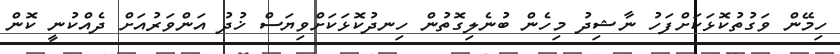
ހިމޭން ވަގުތުކޮޅަކަށްފަހު ނާޝިދު މިހެން ބުނެލިގޮތުން ހިނދުކޮޅަކަށްވިޔަސް ޚުދު އަންވަރުއަށް ދެއްކުނީ ކޮން